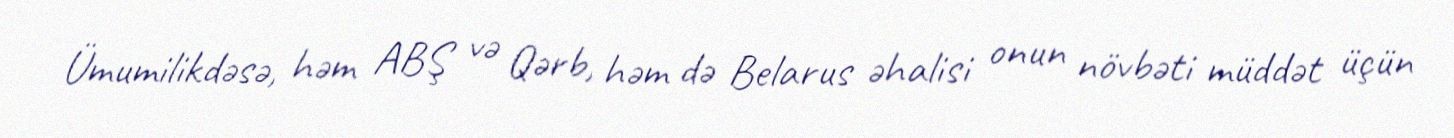
Ümumilikdəsə, həm ABŞ və Qərb, həm də Belarus əhalisi onun növbəti müddət üçün